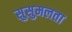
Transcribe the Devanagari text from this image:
सुसुमलता